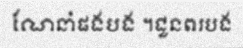
ណែនាំផងបង ។ជួនពរបង